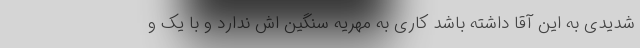
شدیدی به این آقا داشته باشد کاری به مهریه سنگین اش ندارد و با یک و